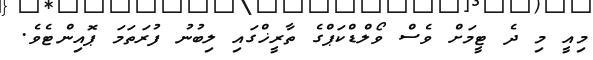
މިއީ މި ދެ ޓީމަށް ވެސް ވޯލްޑްކަޕްގެ ތާރީޚްގައި ލިބުނު ފުރަތަމަ ޕޮއިންޓެވެ.